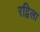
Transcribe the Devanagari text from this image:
रद्विला